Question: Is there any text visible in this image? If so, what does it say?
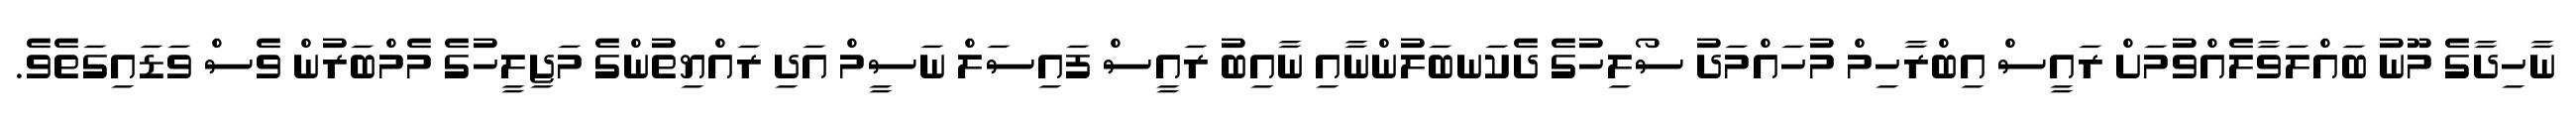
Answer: ނާހިދާގެ މޫނު ބައްލަވާލެއްވުމަށް ރައީސް އިބްރާހިމް މުހައްމަދު ސޯލިހުގެ ދެކަނބަލުންނާއި ނާއިބު ރައީސް ފައިސަލް ނަސީމް އަދި ރައްޔިތުންގެ މަޖިލީހުގެ މެމްބަރުން ވެސް ވަޑައިގަތެވެ.